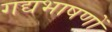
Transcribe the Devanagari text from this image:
गद्यभाषणों